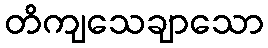
တိကျသေချာသော